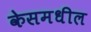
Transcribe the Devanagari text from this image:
केसमधील